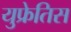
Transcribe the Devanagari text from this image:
युफ्रेतिस